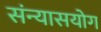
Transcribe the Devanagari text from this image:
संन्यासयोग